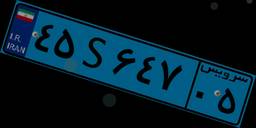
۵۳S۵۹۲۴۷